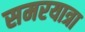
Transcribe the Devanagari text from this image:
समरयात्रा